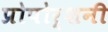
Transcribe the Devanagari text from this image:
प्रोपोर्शनी